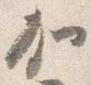
加